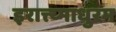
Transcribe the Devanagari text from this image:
इरात्त्य्माधुरम